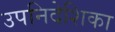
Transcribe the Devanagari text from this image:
उपनिदेशिका